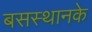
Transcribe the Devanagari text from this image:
बसस्थानके